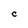
Character: C